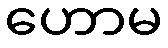
ဟောမ